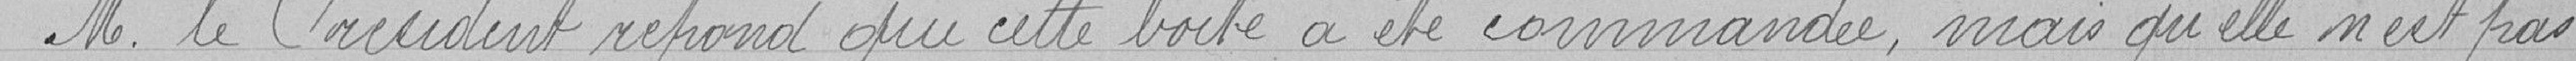
Monsieur le Maire répond que cette boite a été commandée, mais qu'elle n'est pas